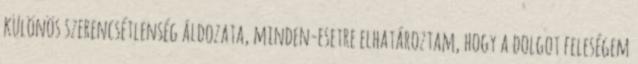
különös szerencsétlenség áldozata, minden-esetre elhatároztam, hogy a dolgot feleségem